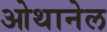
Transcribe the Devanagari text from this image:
ओथानेल